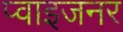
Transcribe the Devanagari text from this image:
प्वाइजनर